65_HS1-834228961_62-HQ-83894_Section_2
Agency: FBI
Page 185
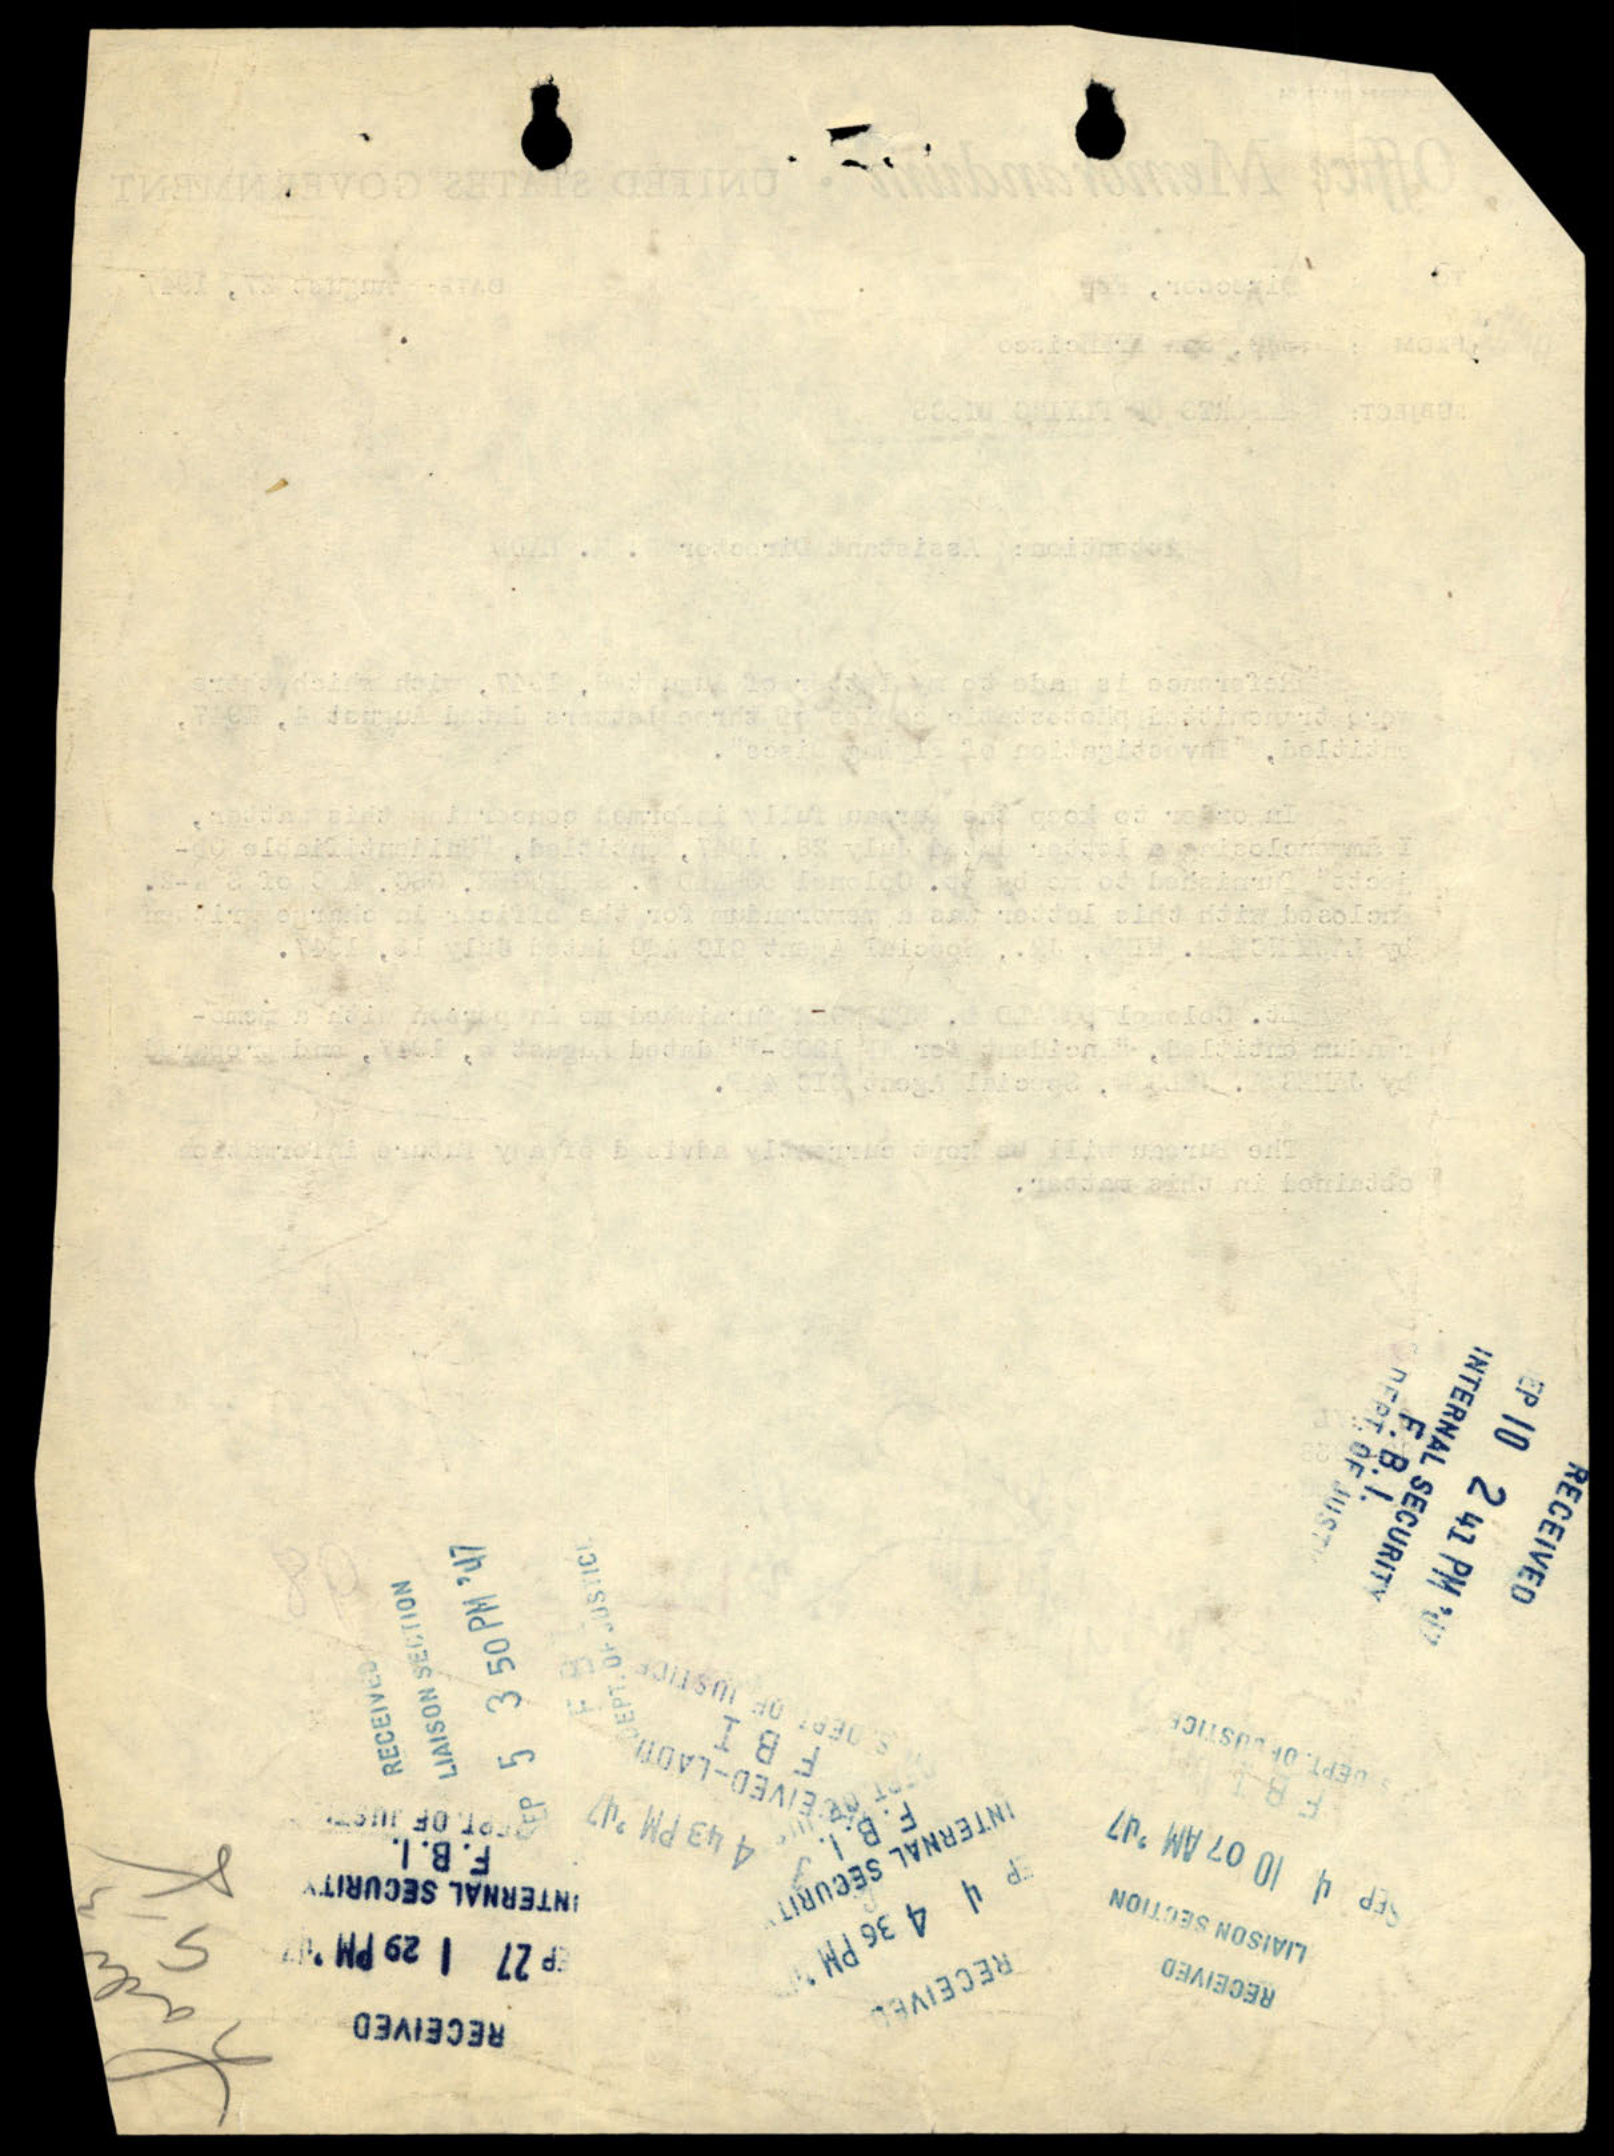